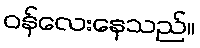
ဝန်လေးနေသည်။